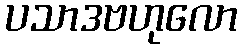
ပသာဒဗဟုလော